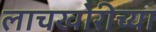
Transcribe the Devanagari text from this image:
लाचखोरीच्या